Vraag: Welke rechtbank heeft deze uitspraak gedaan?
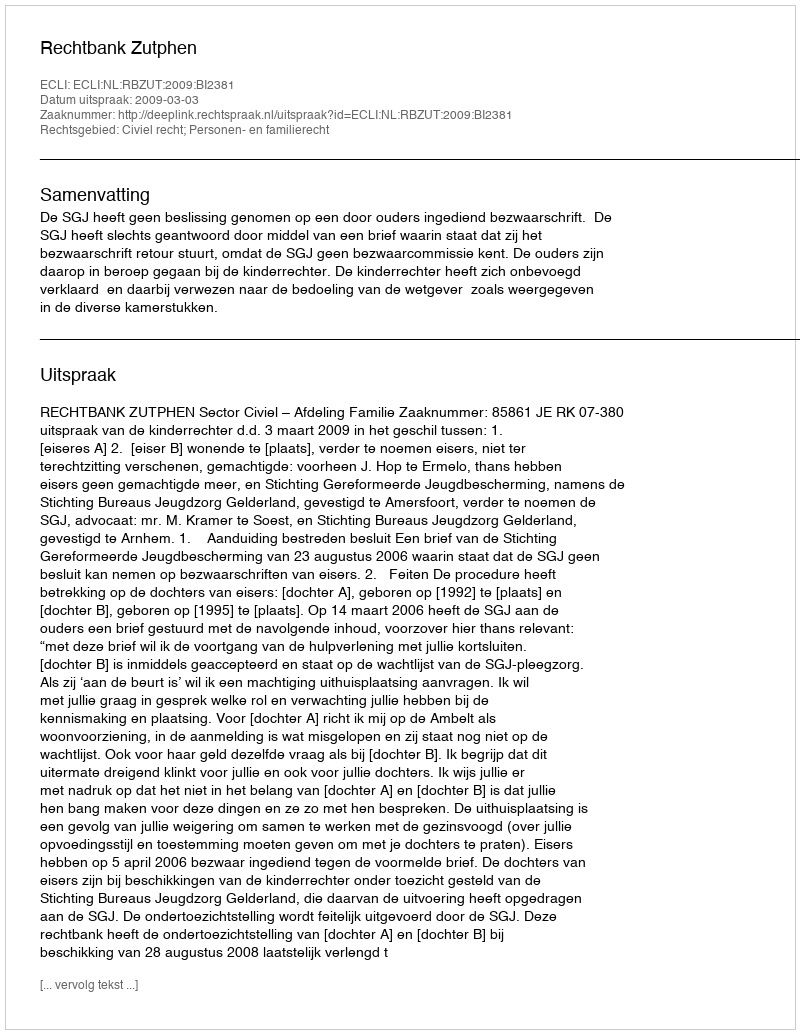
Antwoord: Rechtbank Zutphen